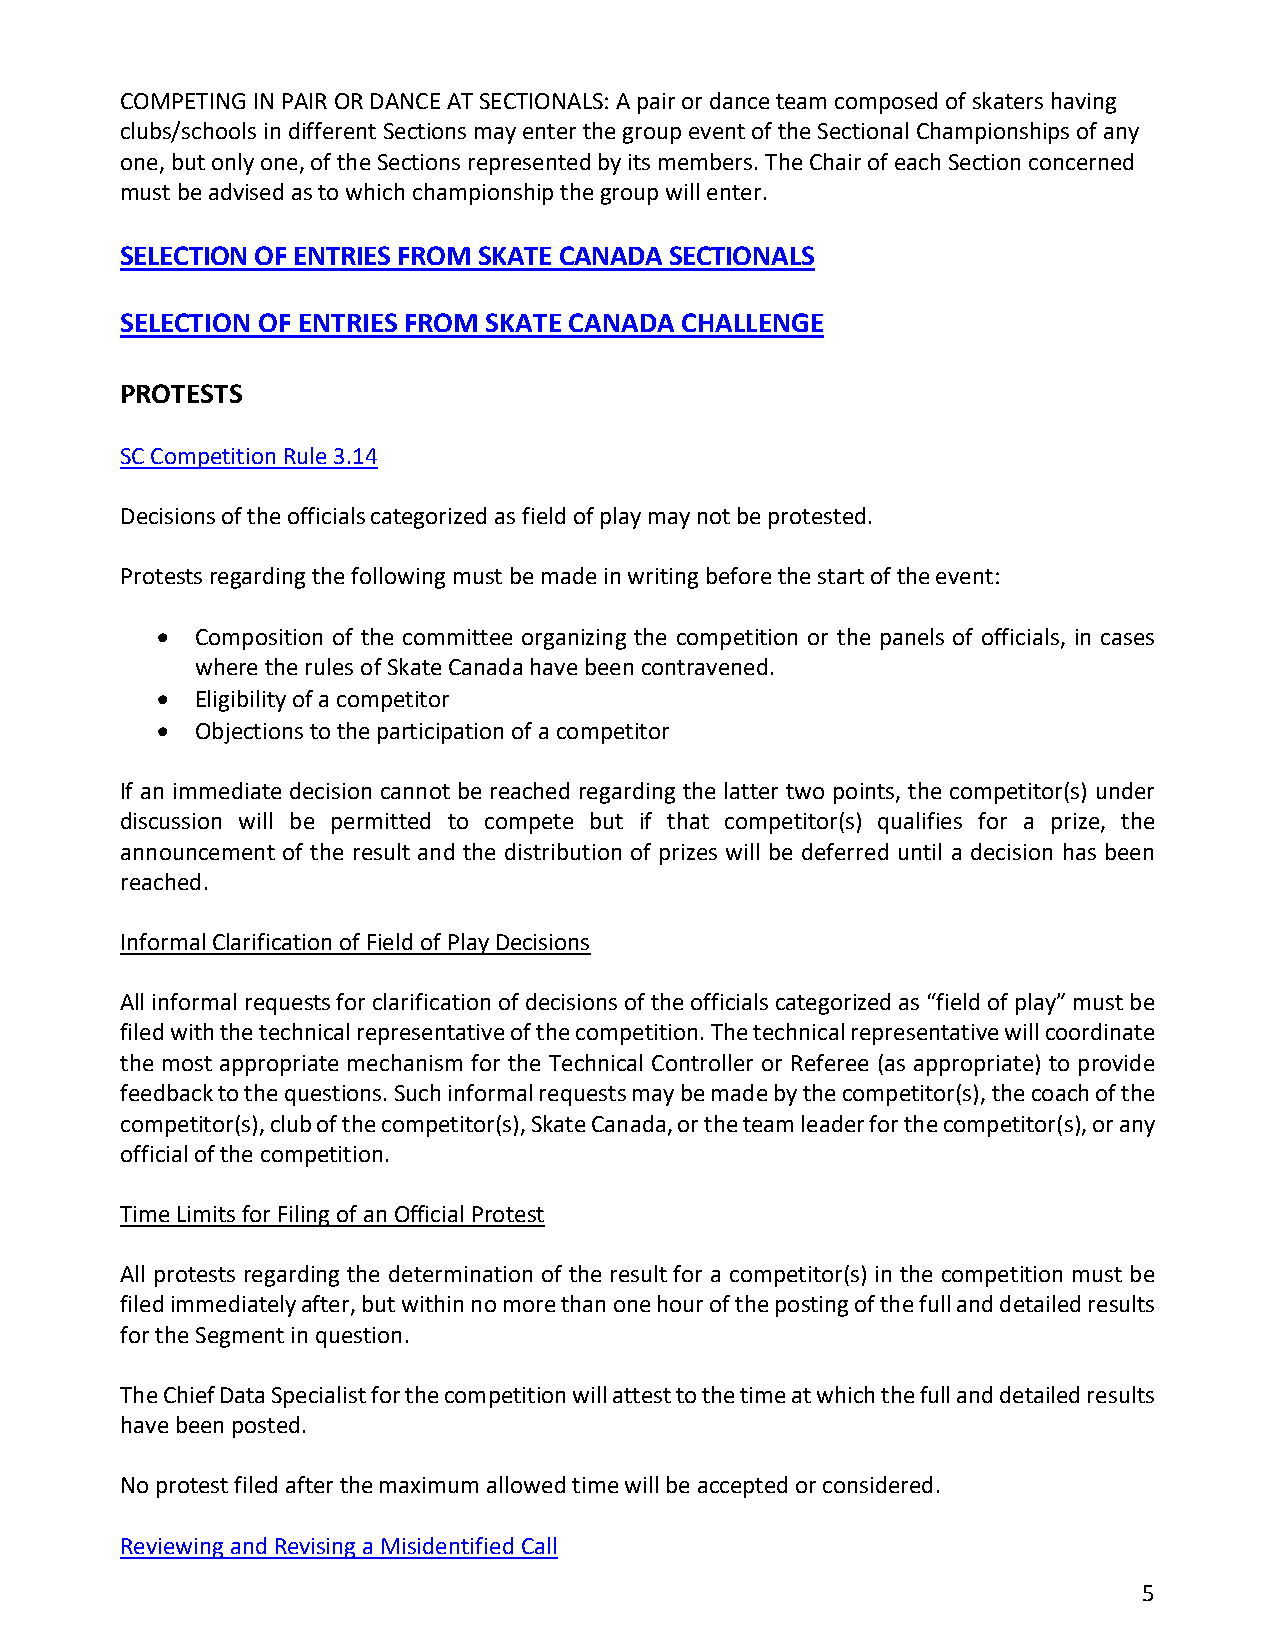
COMPETING IN PAIR OR DANCE AT SECTIONALS: A pair or dance team composed of skaters having
 clubs/schools in different Sections may enter the group event of the Sectional Championships of any
 one, but only one, of the Sections represented by its members. The Chair of each Section concerned
 must be advised as to which championship the group will enter.
 SELECTION OF ENTRIES FROM SKATE CANADA SECTIONALS
 SELECTION OF ENTRIES FROM SKATE CANADA CHALLENGE
 PROTESTS
 SC Competition Rule 3.14
 Decisions of the officials categorized as field of play may not be protested.
 Protests regarding the following must be made in writing before the start of the event:
 •  Composition of the committee organizing the competition or the panels of officials, in cases
 where the rules of Skate Canada have been contravened.
 •  Eligibility of a competitor
 •  Objections to the participation of a competitor
 If an immediate decision cannot be reached regarding the latter two points, the competitor(s) under
 discussion will be permitted to compete but if that competitor(s) qualifies for a prize, the
 announcement of the result and the distribution of prizes will be deferred until a decision has been
 reached.
 Informal Clarification of Field of Play Decisions
 All informal requests for clarification of decisions of the officials categorized as “field of play” must be
 filed with the technical representative of the competition. The technical representative will coordinate
 the most appropriate mechanism for the Technical Controller or Referee (as appropriate) to provide
 feedback to the questions. Such informal requests may be made by the competitor(s), the coach of the
 competitor(s), club of the competitor(s), Skate Canada, or the team leader for the competitor(s), or any
 official of the competition.
 Time Limits for Filing of an Official Protest
 All protests regarding the determination of the result for a competitor(s) in the competition must be
 filed immediately after, but within no more than one hour of the posting of the full and detailed results
 for the Segment in question.
 The Chief Data Specialist for the competition will attest to the time at which the full and detailed results
 have been posted.
 No protest filed after the maximum allowed time will be accepted or considered.
 Reviewing and Revising a Misidentified Call
 5